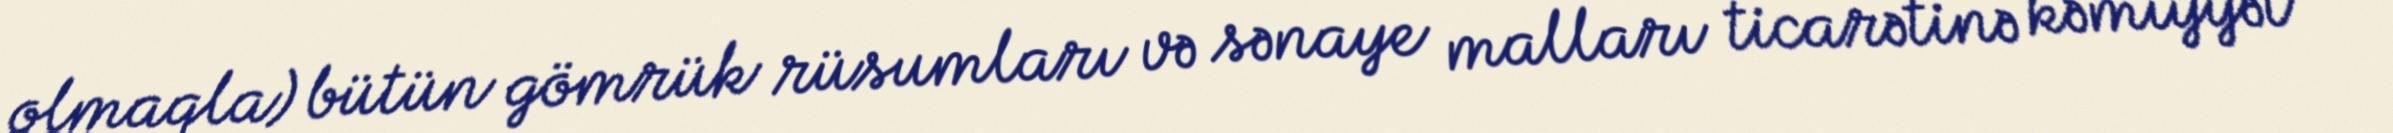
olmaqla) bütün gömrük rüsumları və sənaye malları ticarətinə kəmiyyət